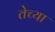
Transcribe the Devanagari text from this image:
तेच्या